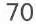
70